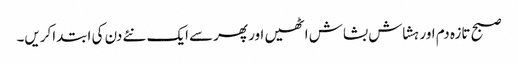
صبح تازہ دم اور ہشاش بشاش اٹھیں اور پھرسے ایک نئے دن کی ابتداکریں۔